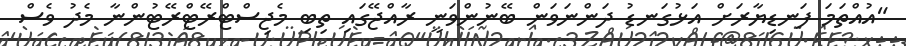
"އުއްތަމަ ފަނޑިޔާރަށް އަޅުގަނޑު ދަންނަވަން ބޭނުންވަނީ ރާއްޖޭގައި ތިބި މެޖިސްޓްރޭޓްރޭޓުންނާ މެދު ވެސް